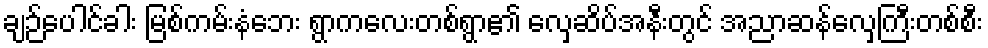
ချဉ်ပေါင်ခါး မြစ်ကမ်းနံဘေး ရွာကလေးတစ်ရွာ၏ လှေဆိပ်အနီးတွင် အညာဆန်လှေကြီးတစ်စီး